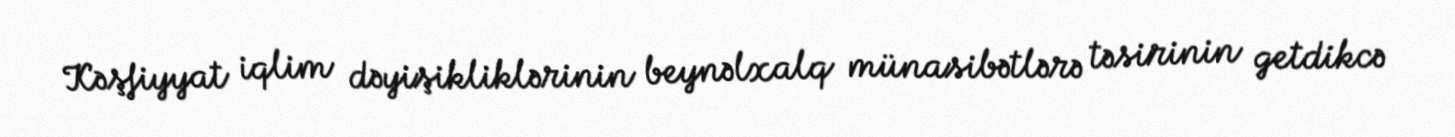
Kəşfiyyat iqlim dəyişikliklərinin beynəlxalq münasibətlərə təsirinin getdikcə